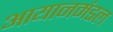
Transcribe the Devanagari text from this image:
आयानमंडल